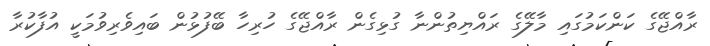
ރާއްޖޭގެ ކަންކަމުގައި މާލޭގެ ރައްޔިތުންނާ ގުޅިގެން ރާއްޖޭގެ ހުރިހާ ބޭފުޅުން ބައިވެރިވުމަކީ އުފާކުރާ